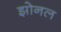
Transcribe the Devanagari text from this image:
झोनल